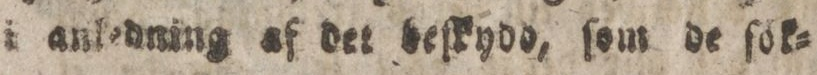
i anledning af det beſkydo, ſom de ſok=